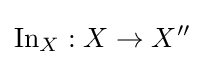
\operatorname {In} _{X}:X\to X''